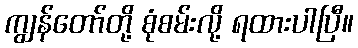
ကျွန်တော်တို့ စုံစမ်းလို့ ရထားပါပြီ။